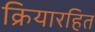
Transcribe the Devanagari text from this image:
क्रियारहित